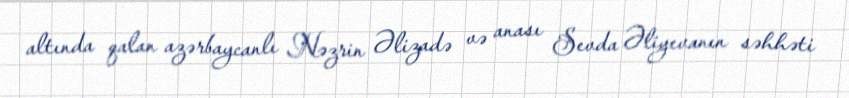
altında qalan azərbaycanlı Nəzrin Əlizadə və anası Sevda Əliyevanın səhhəti